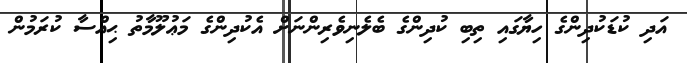
އަދި ކުޑަކުދިންގެ ހިޔާގައި ތިބި ކުދިންގެ ބެލެނިވެރިންނަށް އެކުދިންގެ މަޢުލޫމާތު ޙިއްސާ ކުރަމުން